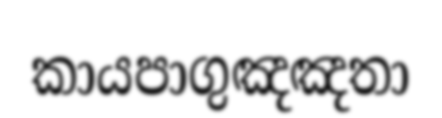
කායපාගුඤඤතා